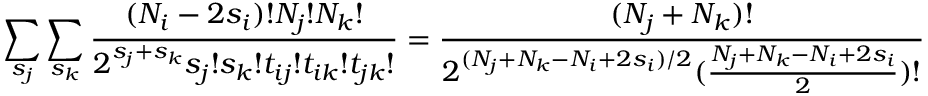
\sum _ { s _ { j } } \sum _ { s _ { k } } \frac { ( N _ { i } - 2 s _ { i } ) ! N _ { j } ! N _ { k } ! } { 2 ^ { s _ { j } + s _ { k } } s _ { j } ! s _ { k } ! t _ { i j } ! t _ { i k } ! t _ { j k } ! } = \frac { ( N _ { j } + N _ { k } ) ! } { 2 ^ { ( N _ { j } + N _ { k } - N _ { i } + 2 s _ { i } ) / 2 } ( \frac { N _ { j } + N _ { k } - N _ { i } + 2 s _ { i } } { 2 } ) ! }